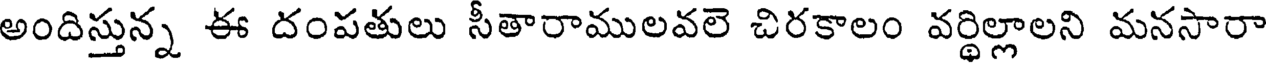
అందిస్తున్న ఈ దంపతులు సీతారాములవలె చిరకాలం వర్థిల్లాలని మనసారా